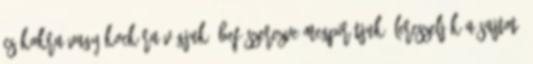
csíkokra vagy kockára vágjuk, befűszerezve megpirítjuk, lereszeljük a sajtot.